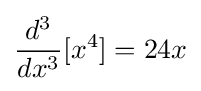
{\frac {d^{3}}{dx^{3}}}[x^{4}]=24x